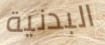
البدنية